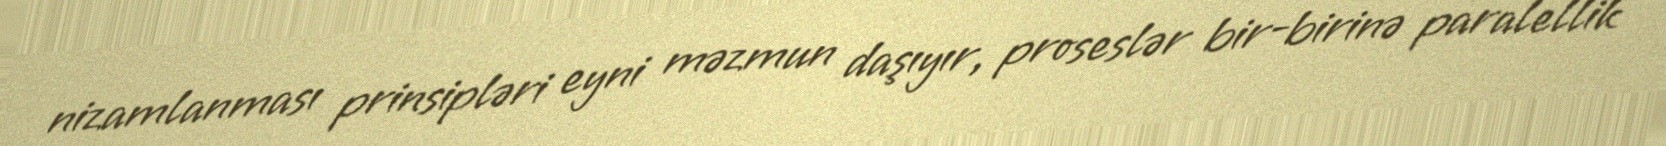
nizamlanması prinsipləri eyni məzmun daşıyır, proseslər bir-birinə paralellik